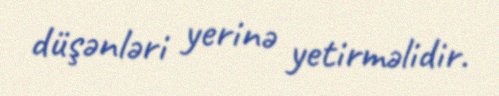
düşənləri yerinə yetirməlidir.